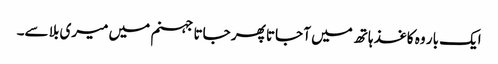
ایک بار وہ کاغذ ہاتھ میں آ جاتا پھر جاتا جہنم میں میری بلا سے۔